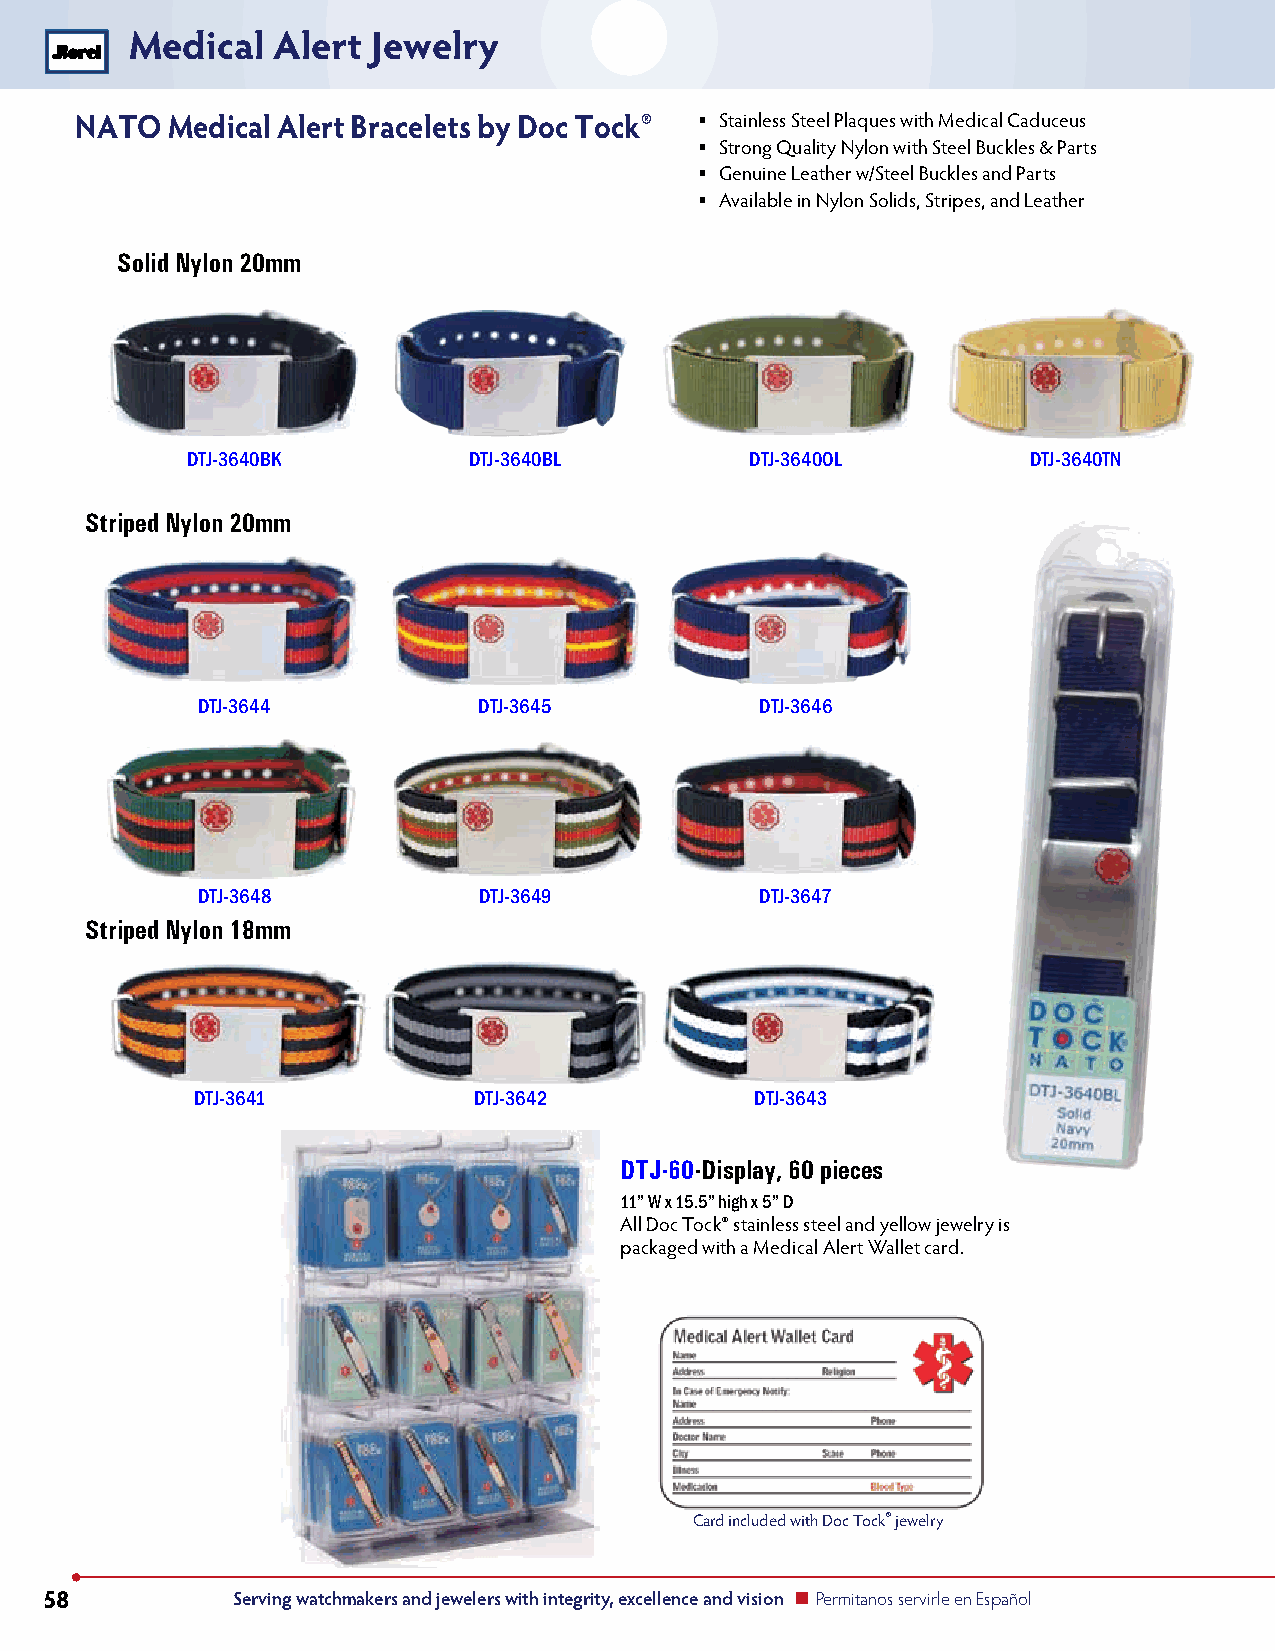
Medical  Alert  Jewelry
 NATO  Medical Alert Bracelets by Doc Tock®  Stainless Steel Plaques with Medical Caduceus
  Strong Quality Nylon with Steel Buckles & Parts
  Genuine Leather w/Steel Buckles and Parts
  Available in Nylon Solids, Stripes, and Leather
 Solid Nylon 20mm
 DTJ-3640BK         DTJ-3640BL         DTJ-3640OL        DTJ-3640TN
 Striped Nylon 20mm
 DTJ-3644           DTJ-3645          DTJ-3646
 DTJ-3648           DTJ-3649          DTJ-3647
 Striped Nylon 18mm
 DTJ-3641          DTJ-3642           DTJ-3643
 DTJ-60 -Display, 60 pieces
 11” W x 15.5” high x 5” D
 All Doc Tock® stainless steel and yellow jewelry is
 packaged with a Medical Alert Wallet card.
 Card included with Doc Tock® jewelry
 58          Serving watchmakers and jewelers with integrity, excellence and vision n Permitanos servirle en Español